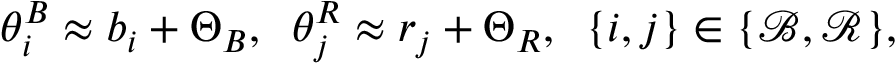
\theta _ { i } ^ { B } \approx b _ { i } + \Theta _ { B } , \; \; \theta _ { j } ^ { R } \approx r _ { j } + \Theta _ { R } , \; \; \{ i , j \} \in \{ \mathcal { B } , \mathcal { R } \} ,